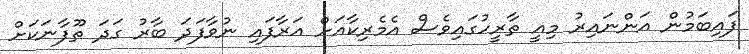
ފައިބަމުން އަންނައިރު މިއީ ތާރީހުގައިވެސް އެމެރިކާއަށް އަރާފައި ނުވާފަދަ ބާރު ގަދަ ތޫފާނަކަށް